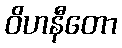
ဝိဟနီတော